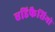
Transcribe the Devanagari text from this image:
एडिफैसियो